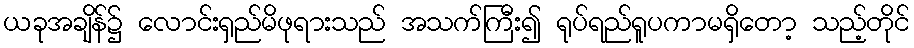
ယခုအချိန်၌ လောင်းရှည်မိဖုရားသည် အသက်ကြီး၍ ရုပ်ရည်ရူပကာမရှိတော့ သည့်တိုင်